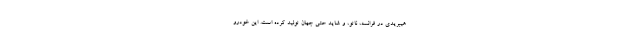
هیبریدی در فرانسه، ناتو، و شاید حتی جهان تولید کرده است. این خودرو